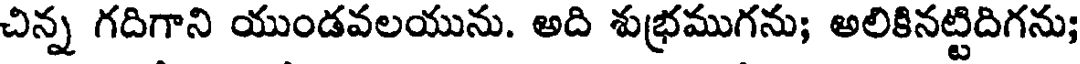
చిన్న గదిగాని యుండవలయును. అది శుభ్రముగను; అలికినట్టిదిగను;